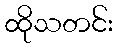
ထိုသတင်း